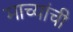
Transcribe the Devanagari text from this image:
माच्यांची